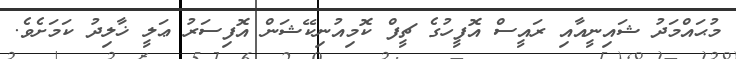
މުޙައްމަދު ޝައިނީއާއި ރައީސް އޮފީހުގެ ޗީފް ކޮމިއުނިކޭޝަން އޮފިސަރު ޢަލީ ޚާލިދު ކަމަށެވެ.